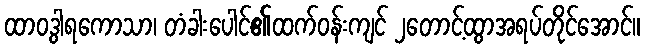
ထာဝဒွါရကောသာ၊ တံခါးပေါင်၏ထက်ဝန်းကျင် ၂တောင့်ထွာအရပ်တိုင်အောင်။